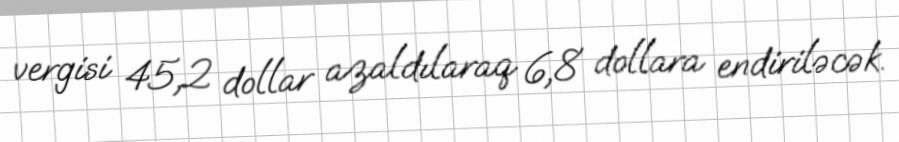
vergisi 45,2 dollar azaldılaraq 6,8 dollara endiriləcək.